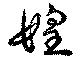
媓